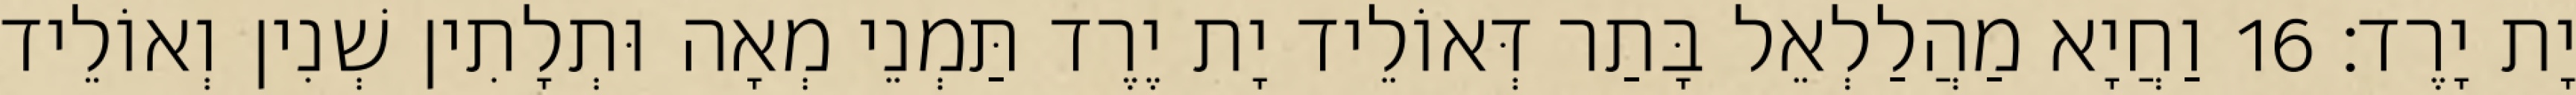
יָת יָרֶד׃ 16 וַחֲיָא מַהֲלַלְאֵל בָּתַר דְּאוֹלֵיד יָת יֶרֶד תַּמְנֵי מְאָה וּתְלָתִין שְׁנִין וְאוֹלֵיד